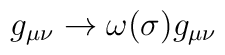
g_{\mu \nu} \rightarrow \omega (\sigma ) g_{\mu \nu}